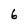
Character: 6